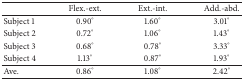
<table><thead><tr><td></td><td><b>Flex.-ext.</b></td><td><b>Ext.-int.</b></td><td><b>Add.-abd.</b></td></tr></thead><tbody><tr><td>Subject 1</td><td>0.90°</td><td>1.60°</td><td>3.01°</td></tr><tr><td>Subject 2</td><td>0.72°</td><td>1.06°</td><td>1.43°</td></tr><tr><td>Subject 3</td><td>0.68°</td><td>0.78°</td><td>3.33°</td></tr><tr><td>Subject 4</td><td>1.13°</td><td>0.87°</td><td>1.93°</td></tr><tr><td>Ave.</td><td>0.86°</td><td>1.08°</td><td>2.42°</td></tr></tbody></table>